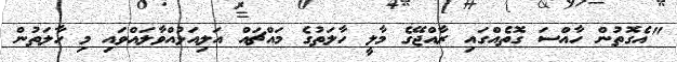
"އެގޮތުން ހާއްސަ ގޮތެއްގައި ރާއްޖޭގެ މާލީ ހާލަތުގެ މައްޗައް އަލިއަޅުއްވާލައްވައި މި ހާލަތުން